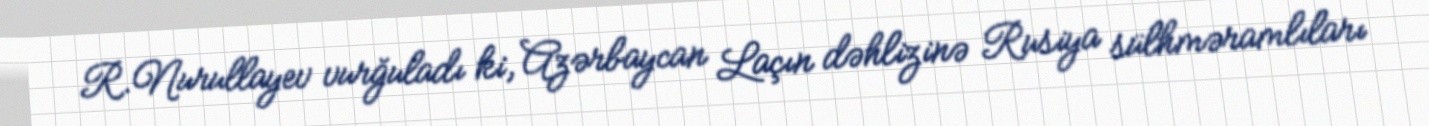
R.Nurullayev vurğuladı ki, Azərbaycan Laçın dəhlizinə Rusiya sülhməramlıları